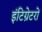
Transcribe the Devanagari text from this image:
इंटिग्रेटरों